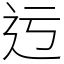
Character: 迃